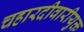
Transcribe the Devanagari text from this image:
चहारदीवारीयुक्त